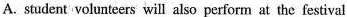
A.student volunteers will also perform at the festival